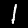
Digit: 1